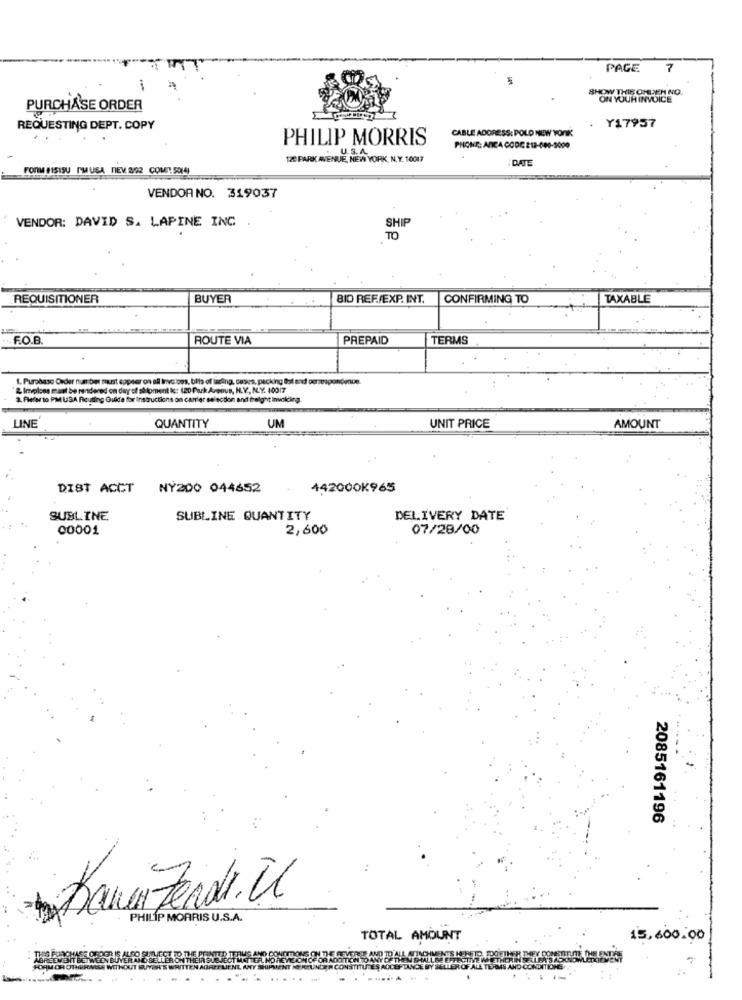
PAGE
7
SHOW THIB OHUEH NO.
ON YOUR INVOICE
PURCHASE ORDER
REQUESTING DEPT. COPY
CABLE ADORESS: POLD NEW YORK
Y17957
PHILIP MORRIS
PHONE: ANCA CODE 2:18-690-5000
120 PARK AVENUE, NEW YORK, N.Y. 10017
·DATE
FORM FISISU PMUSA NEV 8/92 COMENT SOM4)
VENDOR NO. 319037
SHIR
VENDOR: DAVID S. LAPINE INC.
TO
REQUISITIONER
BUYER
BIO REF./EXP. INT.
CONFIRMING TO
TAXABLE
F.O.B.
ROUTE VIA
PREPAID
TERMS
1. Purchase Order number mart eppeer on all Invoi oms, bits of lading, ouses, packing that and correspondmue.
& Imploes maat be rendered on day of sttoment k: (20 Park Armius, N.Y. NL.Y. 40017
2. Refer to PM USA Ricuting Guide for Instructions on canler sel
action and freight invoking.
LINE
QUANTITY
UM
UNIT PRICE
AMOUNT
DIST ACCT NY200 044652
442000K965
SUBLINE
SUBLINE QUANTITY
DELIVERY DATE
00001
2,600
07/28/00
2085161196
BarnFerdi. Il
PHILIP MORRIS U.S.A.
TOTAL AMOUNT
15,600.00
Sais AND CONDITIONS